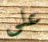
على